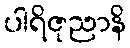
ပါရိဇုညာနိ